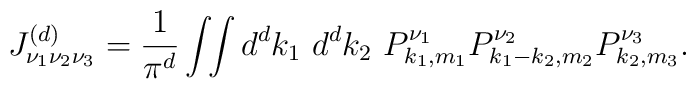
J^{(d)}_{\nu_1 \nu_2 \nu_3 }=\frac{1}{\pi^d} \int \!\! \int {d^d k_1~d^d k_2}~P_{k_1,m_1}^{\nu_1}P_{k_1-k_2,m_2}^{\nu_2}P_{k_2,m_3}^{\nu_3}.